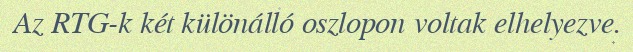
Az RTG-k két különálló oszlopon voltak elhelyezve.